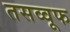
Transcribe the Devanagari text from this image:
तसव्वूफ